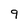
Character: 9